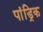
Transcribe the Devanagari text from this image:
पांड्रिक